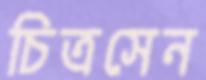
চিত্রসেন